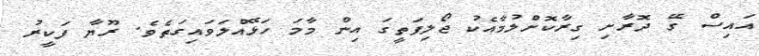
އައިސް ގޭ ދޮރާށި ގިރާކޮށްލުމާއެކު ޖޯލިފަތީގަ އިން މާމަ ހަޅޭއްލަވައިގަތެވެ. ރޫޔާ ފަކީރު